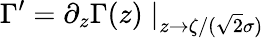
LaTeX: \Gamma^{\prime}=\partial_{z}\Gamma(z)\mid_{z\rightarrow\zeta/(\sqrt{2}\sigma)}